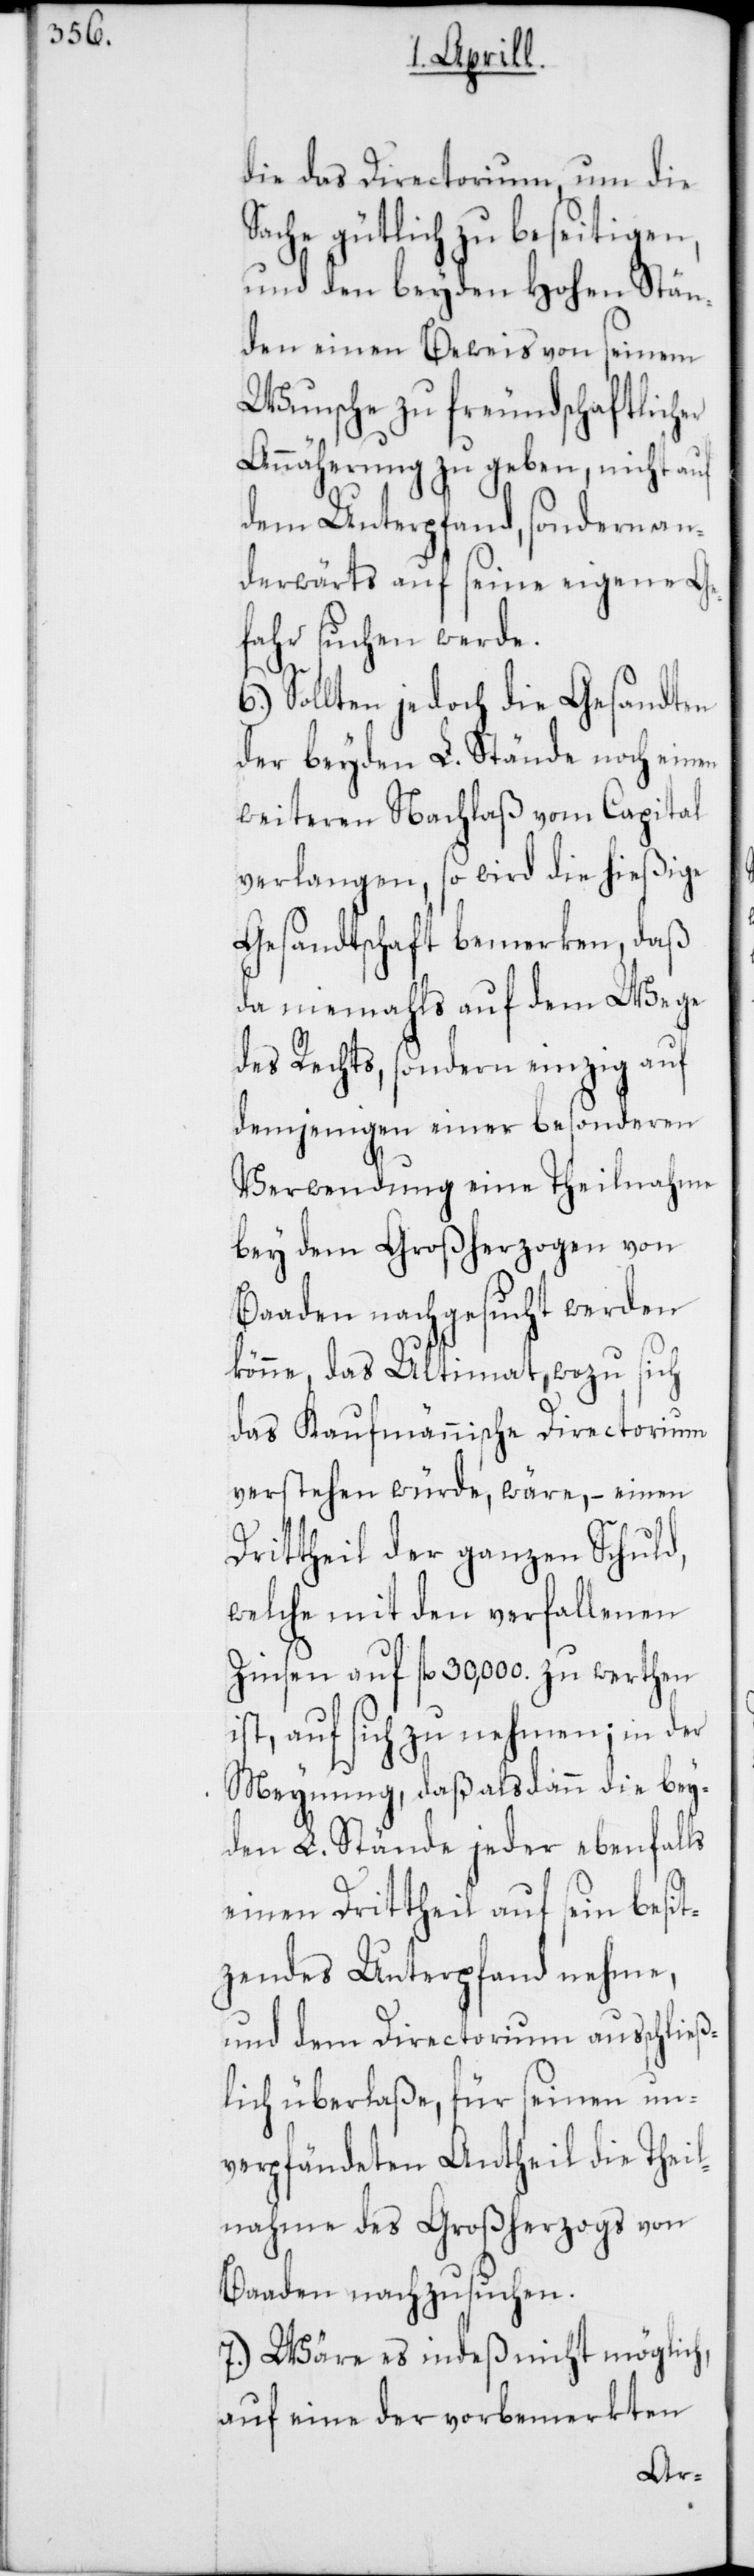
die das Directorium, um die
Sache gütlich zu beseitigen,
und den beyden hohen Stän¬
den einen Beweis von seinem
Wunsche zu freundschaftlicher
Annäherung zu geben, nicht auf
dem Unterpfand, sondern an¬
derwärts auf seine eigene Ge¬
fahr suchen werde.
6.) Sollten jedoch die Gesandten
der beyden L. Stände noch einen
weiteren Nachlaß vom Capital
verlangen, so wird die hießige
Gesandtschaft bemerken, daß
da niemahls auf dem Wege
des Rechts, sondern einzig auf
demjenigen einer besonderen
Verwendung eine Theilnahme
bey dem Großherzogen von
Baaden nachgesucht werden
könne, das Ultimat, wozu sich
das Kaufmännische Directorium
verstehen würde, wäre, – einen
itttheil der ganzen Schuld,
welche mit dem verfallenen
Zinsen auf fl. 30,000. zu werthen
ist, auf sich zu nehmen; in der
Meynung, daß alsdann die bey¬
den L. Stände jeder ebenfalls
einen Dritttheil auf sein besit¬
zendes Unterpfand nehme,
und dem Directorium ausschließ¬
lich überlaße, für seinen un¬
verpfändeten Antheil die Theil¬
nahme des Großherzogs von
Baaden nachzusuchen.
7.) Wäre es indeß nicht möglich,
auf eine der vorbemerkten
Dr¬